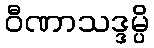
ဝီဏာသဒ္ဒမ္ပိ